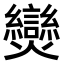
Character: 𤓖